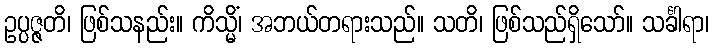
ဥပ္ပဇ္ဇတိ၊ ဖြစ်သနည်း။ ကိသ္မိံ၊ အဘယ်တရားသည်။ သတိ၊ ဖြစ်သည်ရှိသော်။ သင်္ခါရာ၊